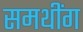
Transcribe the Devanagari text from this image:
समथींग